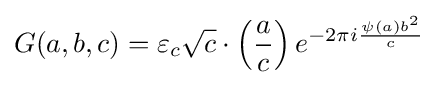
G(a,b,c)=\varepsilon _{c}{\sqrt {c}}\cdot \left({\frac {a}{c}}\right)e^{-2\pi i{\frac {\psi (a)b^{2}}{c}}}